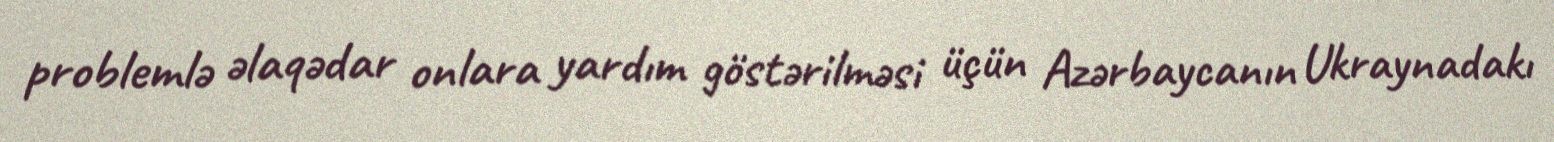
problemlə əlaqədar onlara yardım göstərilməsi üçün Azərbaycanın Ukraynadakı